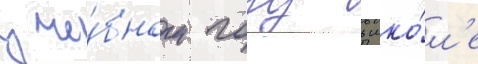
уче́бном году в шко́л'е